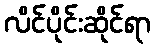
လိင်ပိုင်းဆိုင်ရာ